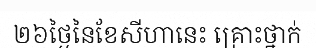
២៦ថ្ងៃនៃខែសីហានេះ គ្រោះថ្នាក់